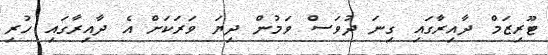
ޓޫރިޒަމް ދާއިރާގައި ގިނަ ދުވަސް ވަމުން ދިޔަ ވަރަކަށް އެ ދާއިރާގައި ހުރި